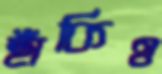
ছাঁকিও